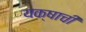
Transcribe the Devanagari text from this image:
यक्षाची